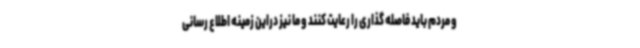
و مردم باید فاصله گذاری را رعایت کنند و ما نیز دراین زمینه اطلاع رسانی